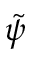
\tilde { \psi }